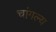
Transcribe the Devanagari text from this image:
चांगल्य